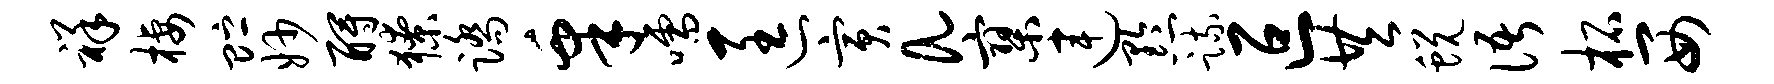
祥栖贮妙酹獠踏皋嚅匡寅a寥连黔疏叵共蜕语柘西